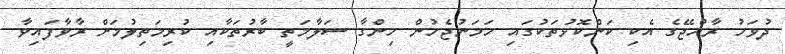
ދުވަހު ރާއްޖޭގެ އެކި ކަންކޮޅުތަކުގައި ހަމަނުޖެހުން ހިންގާ ސަލާމަތީ ބާރުތަކާއި ކުރިމަތިލުމަށް ރާވާފައިވާ